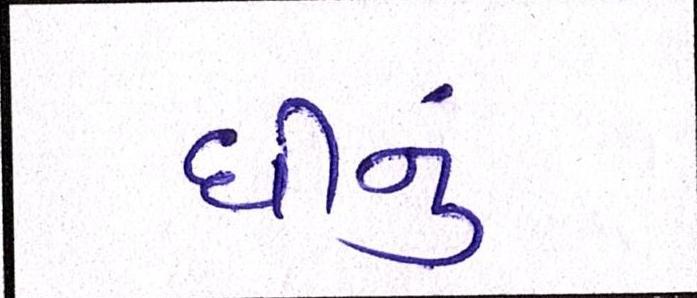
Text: ઘીનું